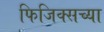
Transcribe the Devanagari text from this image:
फिजिक्सच्या